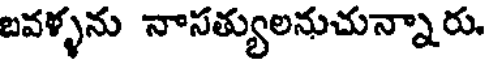
బవళ్ళను నాసత్యులనుచున్నారు.